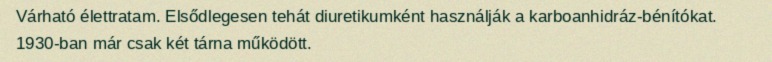
Várható élettratam. Elsődlegesen tehát diuretikumként használják a karboanhidráz-bénítókat. 1930-ban már csak két tárna működött.